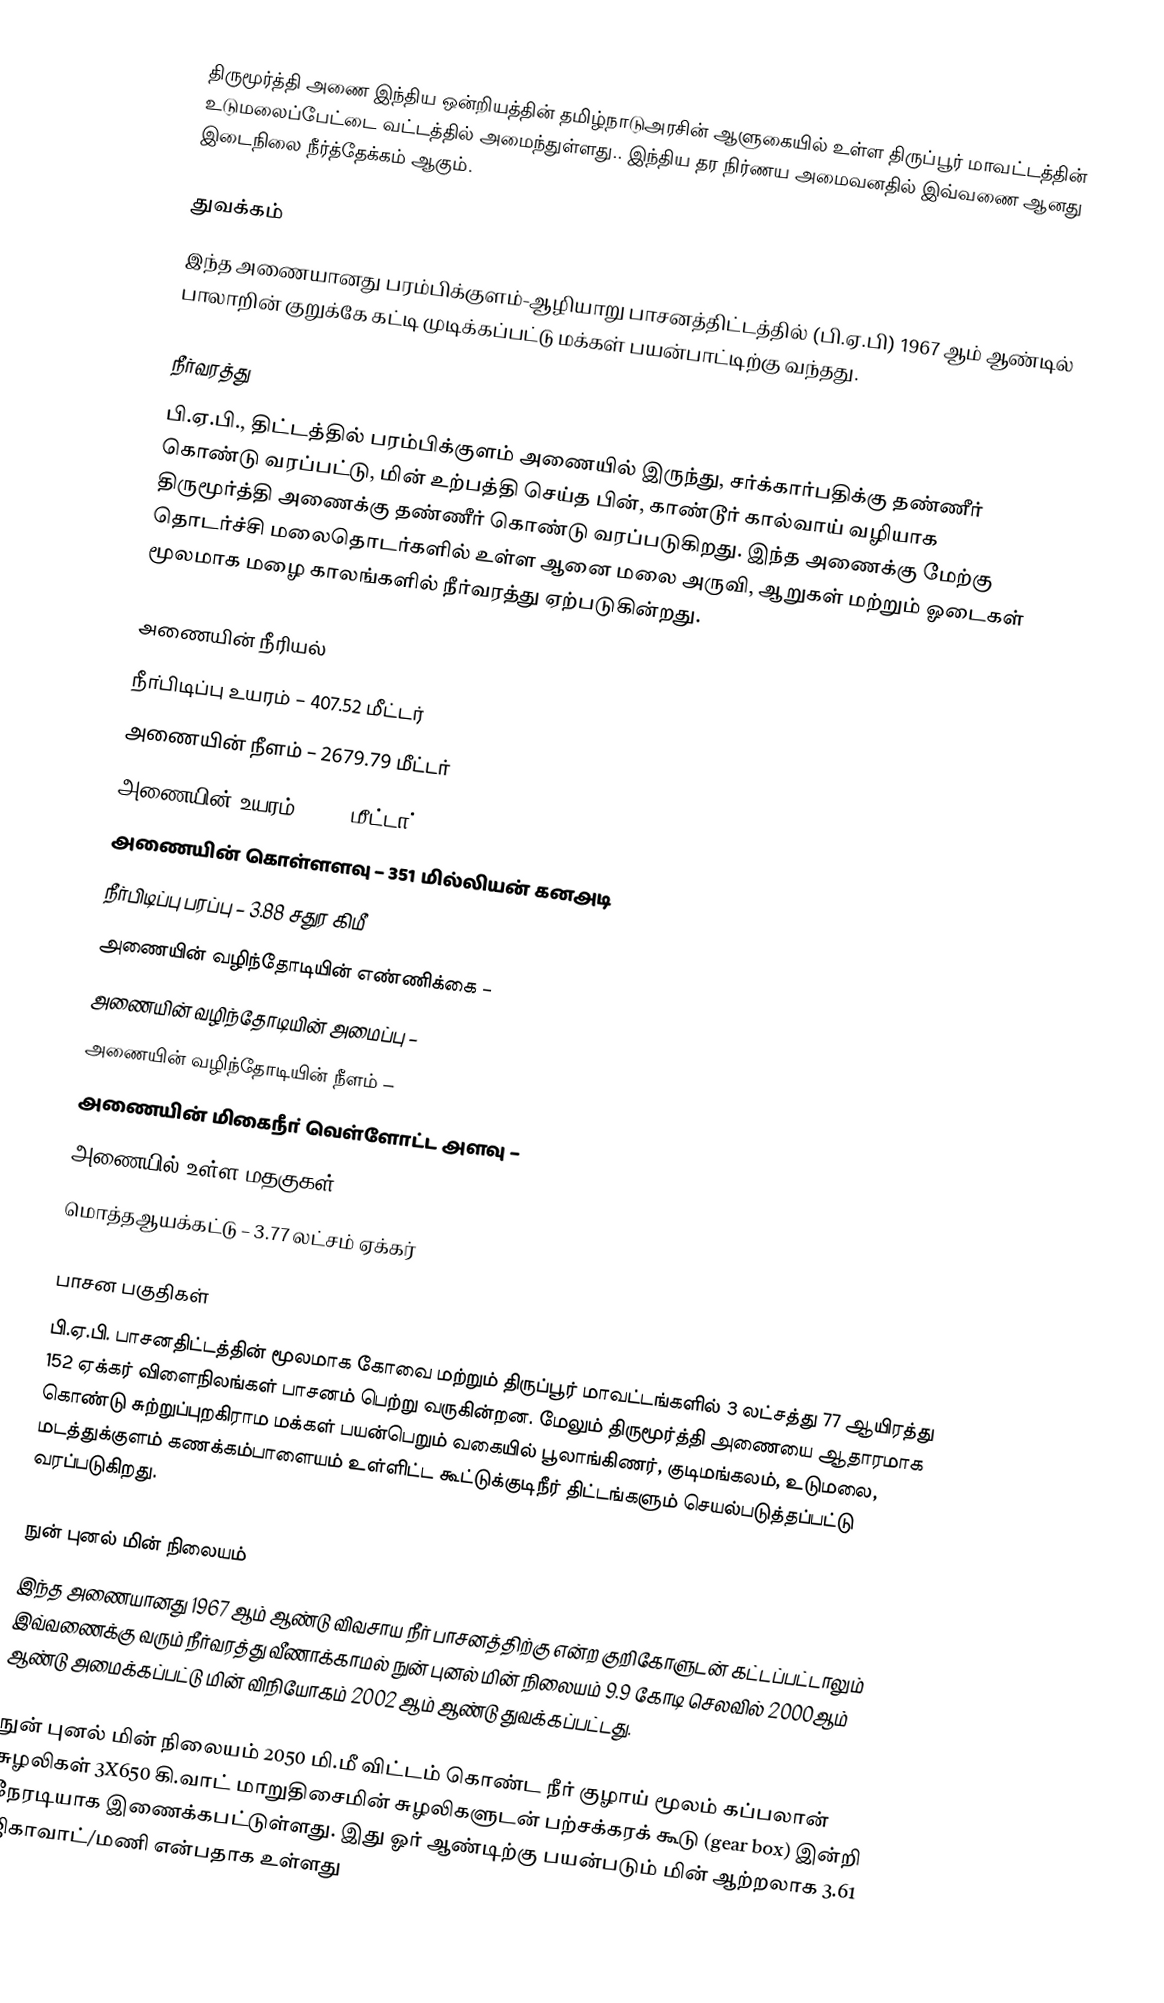
திருமூர்த்தி அணை இந்திய ஒன்றியத்தின் தமிழ்நாடுஅரசின் ஆளுகையில் உள்ள திருப்பூர் மாவட்டத்தின் உடுமலைப்பேட்டை வட்டத்தில் அமைந்துள்ளது.. இந்திய தர நிர்ணய அமைவனதில் இவ்வணை ஆனது இடைநிலை நீர்த்தேக்கம் ஆகும்.

துவக்கம்
இந்த அணையானது பரம்பிக்குளம்-ஆழியாறு பாசனத்திட்டத்தில் (பி.ஏ.பி) 1967 ஆம் ஆண்டில் பாலாறின் குறுக்கே கட்டி முடிக்கப்பட்டு மக்கள் பயன்பாட்டிற்கு வந்தது.

நீர்வரத்து
பி.ஏ.பி., திட்டத்தில் பரம்பிக்குளம் அணையில் இருந்து, சர்க்கார்பதிக்கு தண்ணீர் கொண்டு வரப்பட்டு, மின் உற்பத்தி செய்த பின், காண்டூர் கால்வாய் வழியாக திருமூர்த்தி அணைக்கு தண்ணீர் கொண்டு வரப்படுகிறது.  இந்த அணைக்கு மேற்கு தொடர்ச்சி மலைதொடர்களில் உள்ள ஆனை மலை அருவி, ஆறுகள் மற்றும் ஓடைகள் மூலமாக மழை காலங்களில் நீர்வரத்து ஏற்படுகின்றது.

அணையின் நீரியல்
 நீா்பிடிப்பு உயரம் – 407.52 மீட்டர்
 அணையின் நீளம் – 2679.79 மீட்டா்
 அணையின் உயரம்-34.14 மீட்டா்
 அணையின் கொள்ளளவு – 351 மில்லியன் கனஅடி
 நீா்பிடிப்பு பரப்பு – 3.88 சதுர கிமீ
 அணையின் வழிந்தோடியின் எண்ணிக்கை –
 அணையின் வழிந்தோடியின் அமைப்பு –
 அணையின் வழிந்தோடியின் நீளம் –
 அணையின் மிகைநீா் வெள்ளோட்ட அளவு –
 அணையில் உள்ள மதகுகள் –
 மொத்தஆயக்கட்டு – 3.77 லட்சம் ஏக்கர்

பாசன பகுதிகள்
பி.ஏ.பி. பாசனதிட்டத்தின் மூலமாக கோவை மற்றும் திருப்பூர் மாவட்டங்களில் 3 லட்சத்து 77 ஆயிரத்து 152 ஏக்கர் விளைநிலங்கள் பாசனம் பெற்று வருகின்றன. மேலும் திருமூர்த்தி அணையை ஆதாரமாக கொண்டு சுற்றுப்புறகிராம மக்கள் பயன்பெறும் வகையில் பூலாங்கிணர், குடிமங்கலம், உடுமலை, மடத்துக்குளம் கணக்கம்பாளையம் உள்ளிட்ட கூட்டுக்குடிநீர் திட்டங்களும் செயல்படுத்தப்பட்டு வரப்படுகிறது.

நுன் புனல் மின் நிலையம்
இந்த அணையானது 1967 ஆம் ஆண்டு விவசாய நீர் பாசனத்திற்கு என்ற குறிகோளுடன் கட்டப்பட்டாலும் இவ்வணைக்கு வரும் நீர்வரத்து வீணாக்காமல் நுன் புனல் மின் நிலையம் 9.9 கோடி செலவில் 2000ஆம் ஆண்டு அமைக்கப்பட்டு மின் விநியோகம் 2002 ஆம் ஆண்டு துவக்கப்பட்டது.

நுன் புனல் மின் நிலையம் 2050 மி.மீ விட்டம் கொண்ட நீர் குழாய் மூலம் கப்பலான் சுழலிகள் 3X650 கி.வாட் மாறுதிசைமின் சுழலிகளுடன் பற்சக்கரக் கூடு (gear box) இன்றி நேரடியாக இணைக்கபட்டுள்ளது. இது ஓர் ஆண்டிற்கு பயன்படும் மின் ஆற்றலாக 3.61 ஜிகாவாட்/மணி என்பதாக உள்ளது